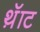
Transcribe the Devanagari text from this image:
थ़ॅाट